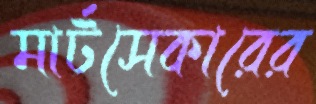
মার্টসেকারের